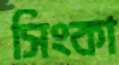
সিংকা